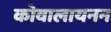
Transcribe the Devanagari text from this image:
कोवालायनन